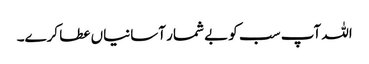
اللہ آپ سب کو بے شمار آسانیاں عطا کرے۔